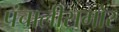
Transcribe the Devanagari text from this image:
पंचालींसमोर